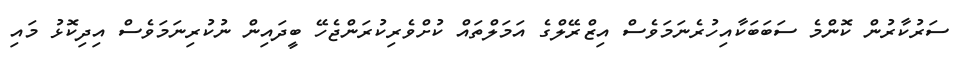
ސަރުކާރުން ކޮންމެ ސަބަބަކާއިހުރެނަމަވެސް އިޒްރޭލްގެ އަމަލްތައް ކުށްވެރިކުރަންޖެހޭ ބީދައިން ނުކުރިނަމަވެސް އިދިކޮޅު މައި